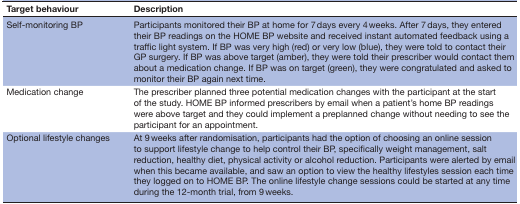
| Target behaviour | Description |
 | --- | --- |
 | Self-monitoring BP | Participants monitored their BP at home for 7 days every 4 weeks. After 7 days, they entered their BP readings on the HOME BP website and received instant automated feedback using a traffic light system. If BP was very high (red) or very low (blue), they were told to contact their GP surgery. If BP was above target (amber), they were told their prescriber would contact them about a medication change. If BP was on target (green), they were congratulated and asked to monitor their BP again next time. |
 | Medication change | The prescriber planned three potential medication changes with the participant at the start of the study. HOME BP informed prescribers by email when a patient’s home BP readings were above target and they could implement a preplanned change without needing to see the participant for an appointment. |
 | Optional lifestyle changes | At 9 weeks after randomisation, participants had the option of choosing an online session to support lifestyle change to help control their BP, specifically weight management, salt reduction, healthy diet, physical activity or alcohol reduction. Participants were alerted by email when this became available, and saw an option to view the healthy lifestyles session each time they logged on to HOME BP. The online lifestyle change sessions could be started at any time during the 12-month trial, from 9 weeks. |